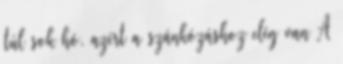
túl sok hó, azért a szánkózáshoz elég van A